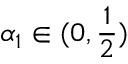
\alpha _ { 1 } \in ( 0 , \frac 1 2 )